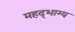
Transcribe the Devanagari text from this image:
महद्‌भाग्य